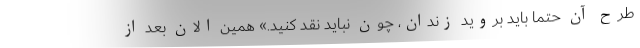
طرح آن حتما باید بروید زندان، چون نباید نقد کنید.» همین الان بعد از